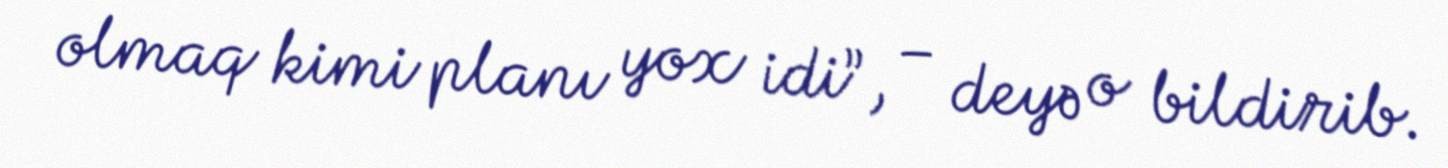
olmaq kimi planı yox idi”, – deyə o bildirib.